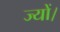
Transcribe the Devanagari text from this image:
ज्‍यों।